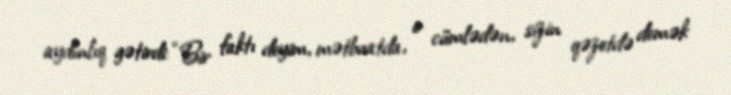
aydınlıq gətirdi: “Bir faktı deyim, mətbuatda, o cümlədən, sizin qəzetdə demək